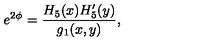
e ^ { 2 \phi } = { \frac { H _ { 5 } ( x ) H _ { 5 } ^ { \prime } ( y ) } { g _ { 1 } ( x , y ) } } ,